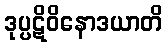
ဒုပ္ပဋိဝိနောဒယာတိ